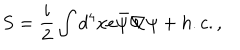
LaTeX: S = \frac { i } { 2 } \int d ^ { 4 } x e { \bar { \psi } } { \not \! \nabla } \psi + h . c . ,